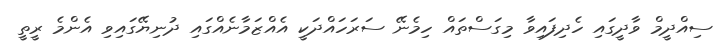
ސިއްދީމް ވާދީގައި ހެދިފައިވާ މިގަސްތައް ހިމެނޭ ސަރަހައްދަކީ އެއްޒަމާނެއްގައި ދުނިޔޭގައިވި އެންމެ ރީތީ